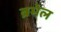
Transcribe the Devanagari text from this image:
ब्रमेल